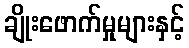
ချိုးဖောက်မှုများနှင့်